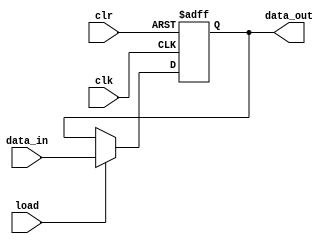
module register_unit (
    data_out,
    data_in,
    load,
    clk,
    clr
);

parameter DATAWIDTH = 8;
output reg [DATAWIDTH - 1:0] data_out;
input [DATAWIDTH - 1:0] data_in;
input load, clk, clr;

// Clear is an active low signal

always @ (posedge clk or negedge clr)
begin
    if(!clr)
        data_out <= 0;
    else if (load) begin
        data_out <= data_in;
    end
end
    
endmodule